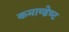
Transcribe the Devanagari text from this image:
कमाण्डेण्ट